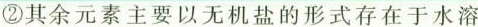
②其余元素主要以无机盐的形式存在于水溶